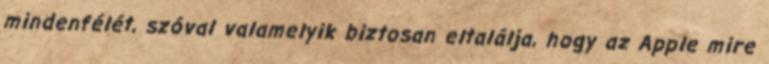
mindenfélét, szóval valamelyik biztosan eltalálja, hogy az Apple mire